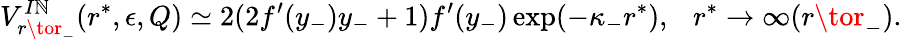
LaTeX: V_{r\tor_{-}}^{I\mathbb{N}}(r^{*},\epsilon,Q)\simeq2(2f^{\prime}(y_{-})y_{-}+1)f^{\prime}(y_{-})\exp(-\kappa_{-}r^{*}),~~~r^{*}\to\infty(r\tor_{-}).